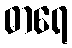
ဓာရေ